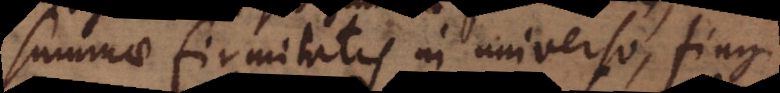
summae firmitatis in universo, fingi